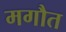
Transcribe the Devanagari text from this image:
मगौत